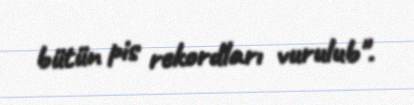
bütün pis rekordları vurulub".